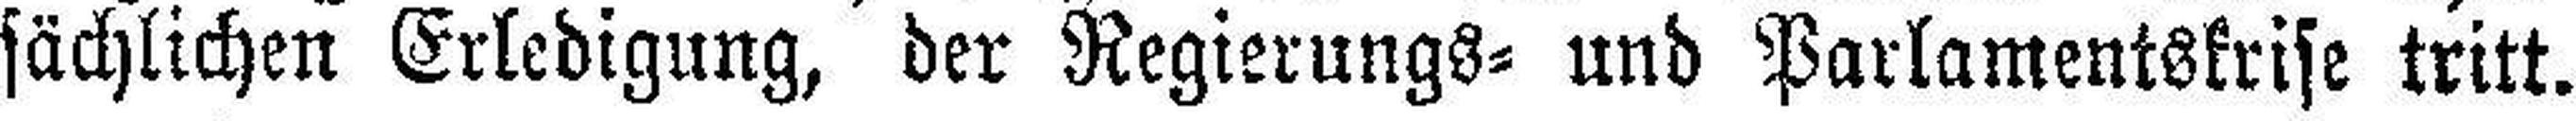
sächlichen Erledigung, der Regierungs= und Parlamentskrise tritt.